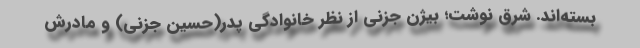
بسته‌اند. شرق نوشت؛ بیژن جزنی از نظر خانوادگی پدر(حسین جزنی) و مادرش